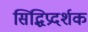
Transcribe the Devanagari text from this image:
सिद्धिप्रदर्शक